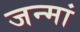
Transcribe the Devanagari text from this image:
जन्मां